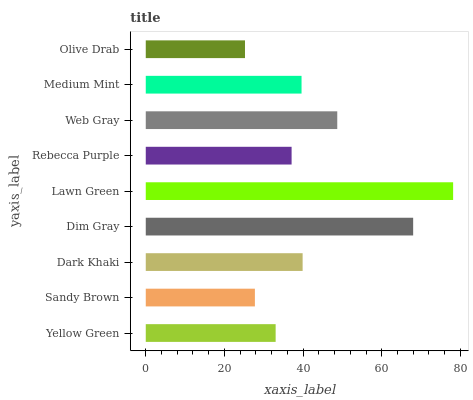
| yaxis_label | bars |
 | --- | --- |
 | Yellow Green | 33 |
 | Sandy Brown | 27.7 |
 | Dark Khaki | 39.9 |
 | Dim Gray | 68 |
 | Lawn Green | 78.1 |
 | Rebecca Purple | 37.1 |
 | Web Gray | 48.7 |
 | Medium Mint | 39.6 |
 | Olive Drab | 25.2 |